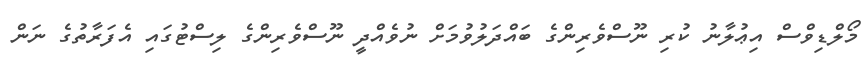
މޯލްޑިވްސް އިޢުލާނު ކުރި ނޫސްވެރިންގެ ބައްދަލުވުމަށް ނުވެއްދީ ނޫސްވެރިންގެ ލިސްޓުގައި އެފަރާތުގެ ނަން